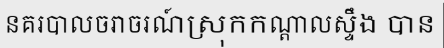
នគរបាលចរាចរណ៍ស្រុកកណ្តាលស្ទឹង បាន